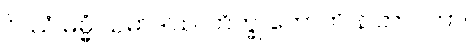
ဝိဿံ ဓမ္မံ သမာဒါယ၊ ဘိက္ခု ဟောတိ န တာဝတာ။